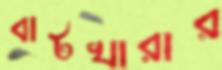
বাটখারার